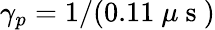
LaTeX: \gamma_{p}=1/(0.11~\mu\mathrm{~s~})